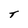
Character: T